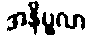
အနိပ္ဖလာ